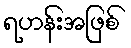
ရဟန်းအဖြစ်